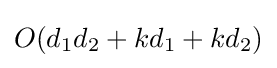
O(d_{1}d_{2}+kd_{1}+kd_{2})